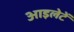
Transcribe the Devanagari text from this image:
आइलेटें